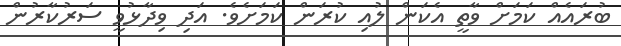
ބުރައެއް ކަމަށް ވާތީ އެކަން ލުއި ކުރަން ކަމަށެވެ. އަދި ވިދާޅުވީ ސަރުކާރުން